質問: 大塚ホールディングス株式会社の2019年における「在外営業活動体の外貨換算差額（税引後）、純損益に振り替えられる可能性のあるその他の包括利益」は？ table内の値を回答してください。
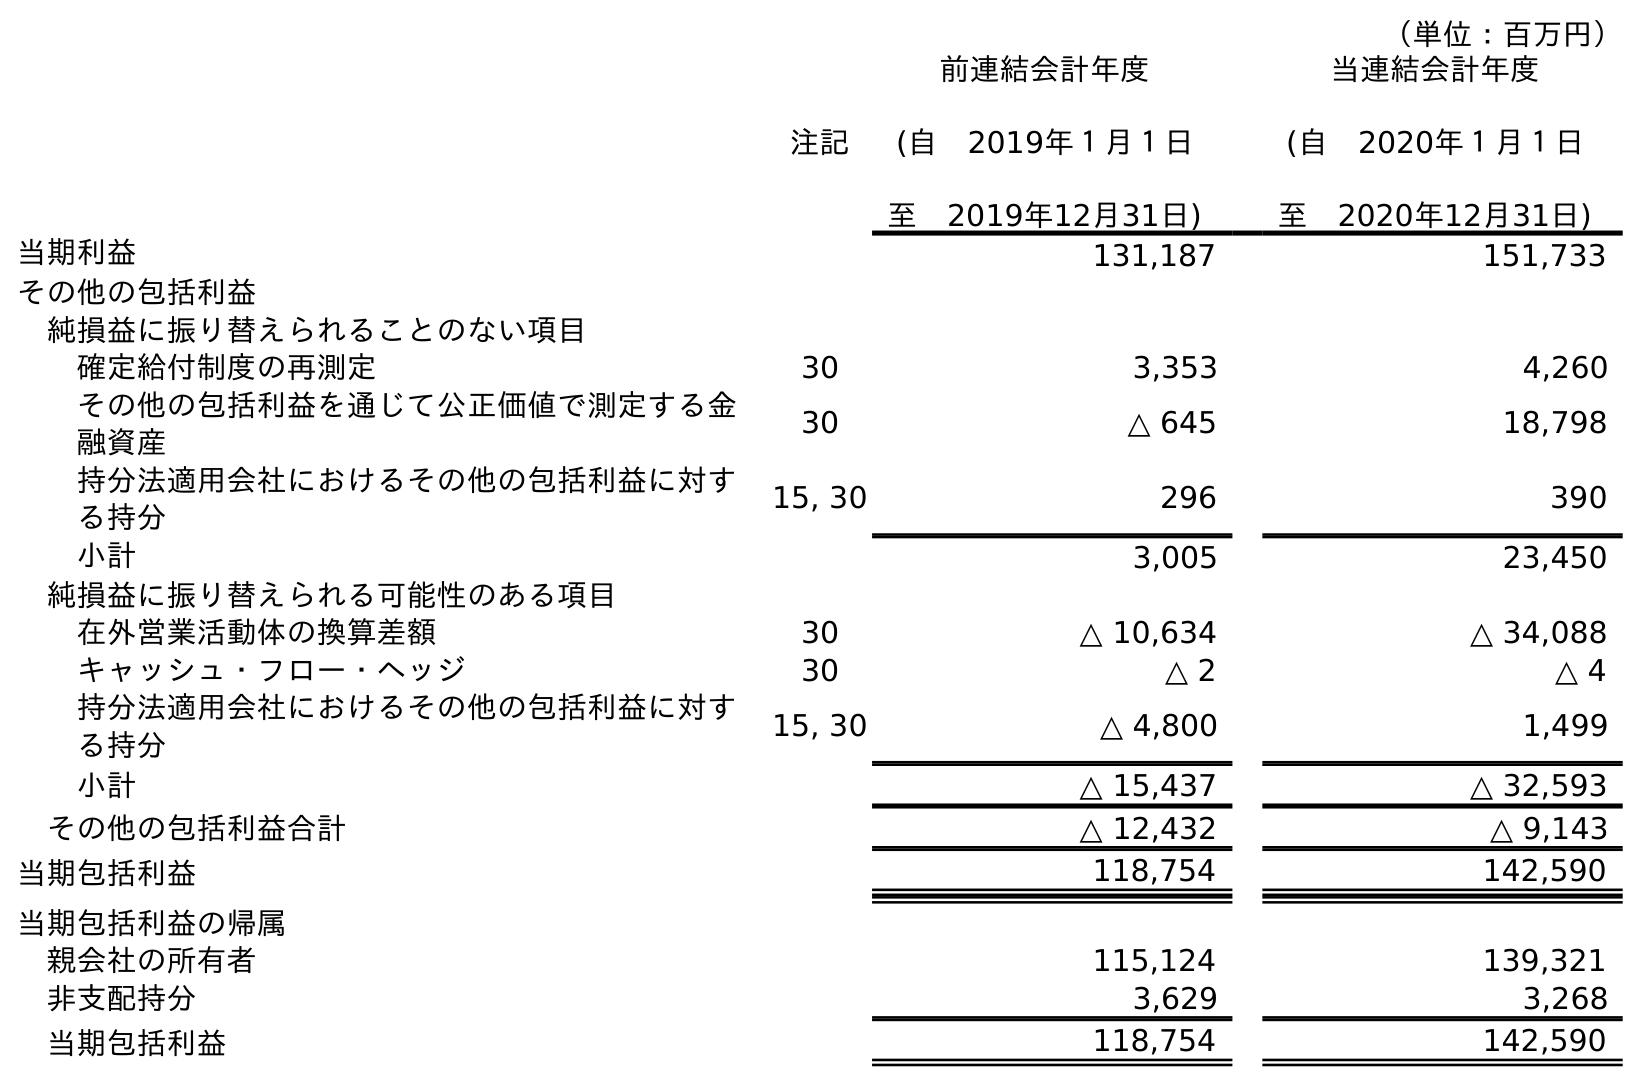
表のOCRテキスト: （単位：百万円） 注記 前連結会計年度 (自 2019年１月１日 至 2019年12月31日) 当連結会計年度 (自 2020年１月１日 至 2020年12月31日) 当期利益 131,187 151,733 その他の包括利益 純損益に振り替えられることのない項目 確定給付制度の再測定 30 3,353 4,260 その他の包括利益を通じて公正価値で測定する金 融資産 30 △ 645 18,798 持分法適用会社におけるその他の包括利益に対す る持分 15, 30 296 390 小計 3,005 23,450 純損益に振り替えられる可能性のある項目 在外営業活動体の換算差額 30 △ 10,634 △ 34,088 キャッシュ・フロー・ヘッジ 30 △ 2 △ 4 持分法適用会社におけるその他の包括利益に対す る持分 15, 30 △ 4,800 1,499 小計 △ 15,437 △ 32,593 その他の包括利益合計 △ 12,432 △ 9,143 当期包括利益 118,754 142,590 当期包括利益の帰属 親会社の所有者 115,124 139,321 非支配持分 3,629 3,268 当期包括利益 118,754 142,590
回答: △10,634